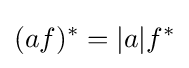
(af)^{*}=|a|f^{*}